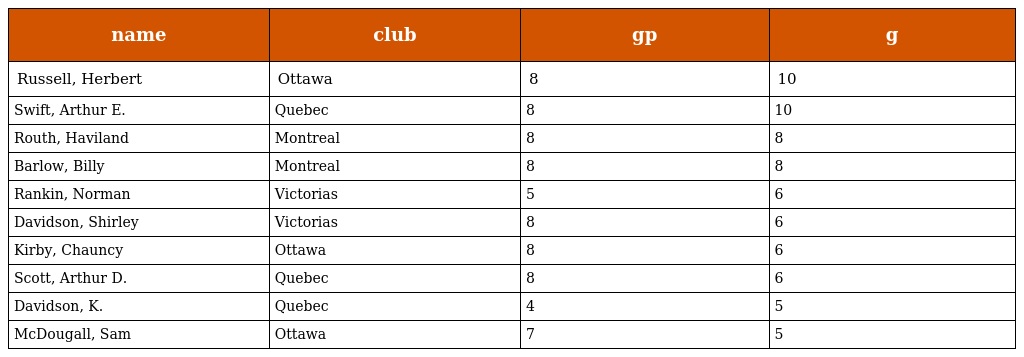
| name | club | gp | g |
 | --- | --- | --- | --- |
 | Russell, Herbert | Ottawa | 8 | 10 |
 | Swift, Arthur E. | Quebec | 8 | 10 |
 | Routh, Haviland | Montreal | 8 | 8 |
 | Barlow, Billy | Montreal | 8 | 8 |
 | Rankin, Norman | Victorias | 5 | 6 |
 | Davidson, Shirley | Victorias | 8 | 6 |
 | Kirby, Chauncy | Ottawa | 8 | 6 |
 | Scott, Arthur D. | Quebec | 8 | 6 |
 | Davidson, K. | Quebec | 4 | 5 |
 | McDougall, Sam | Ottawa | 7 | 5 |